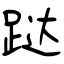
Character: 跶